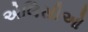
એલિસીઓ